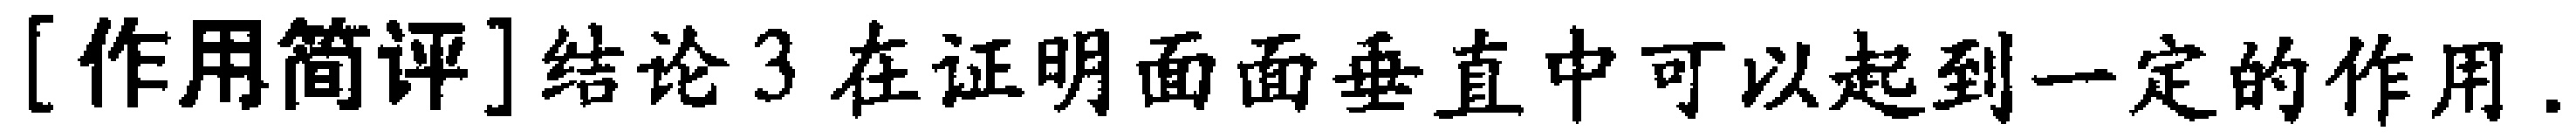
[作用简评]结论3在证明面面垂直中可以起到一定的作用.